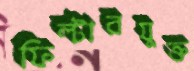
ফিল্টারযুক্ত